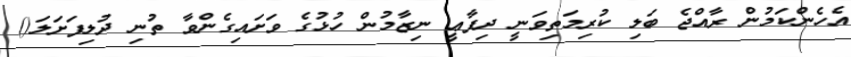
އެހެންކަމުން ރާއްޖެ ބަލި ކުރިމަތިވަނީ ދިފާޢީ ނިޒާމުން ހުޅުގެ ވަށައިގެންވާ ތުނި ދުލިފަށަލަ()